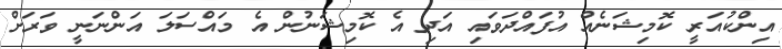
އިންކުއަރީ ކޮމިޝަނެއް އުފައްދަވައި އަދި އެ ކޮމިޝަނުން އެ މައްސަލަ އަންނަނީ ވަރަށް